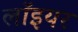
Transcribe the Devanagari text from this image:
लॉइयर